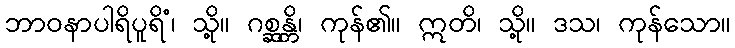
ဘာဝနာပါရိပူရိံ၊ သို့။ ဂစ္ဆန္တိ၊ ကုန်၏။ ဣတိ၊ သို့။ ဒသ၊ ကုန်သော။